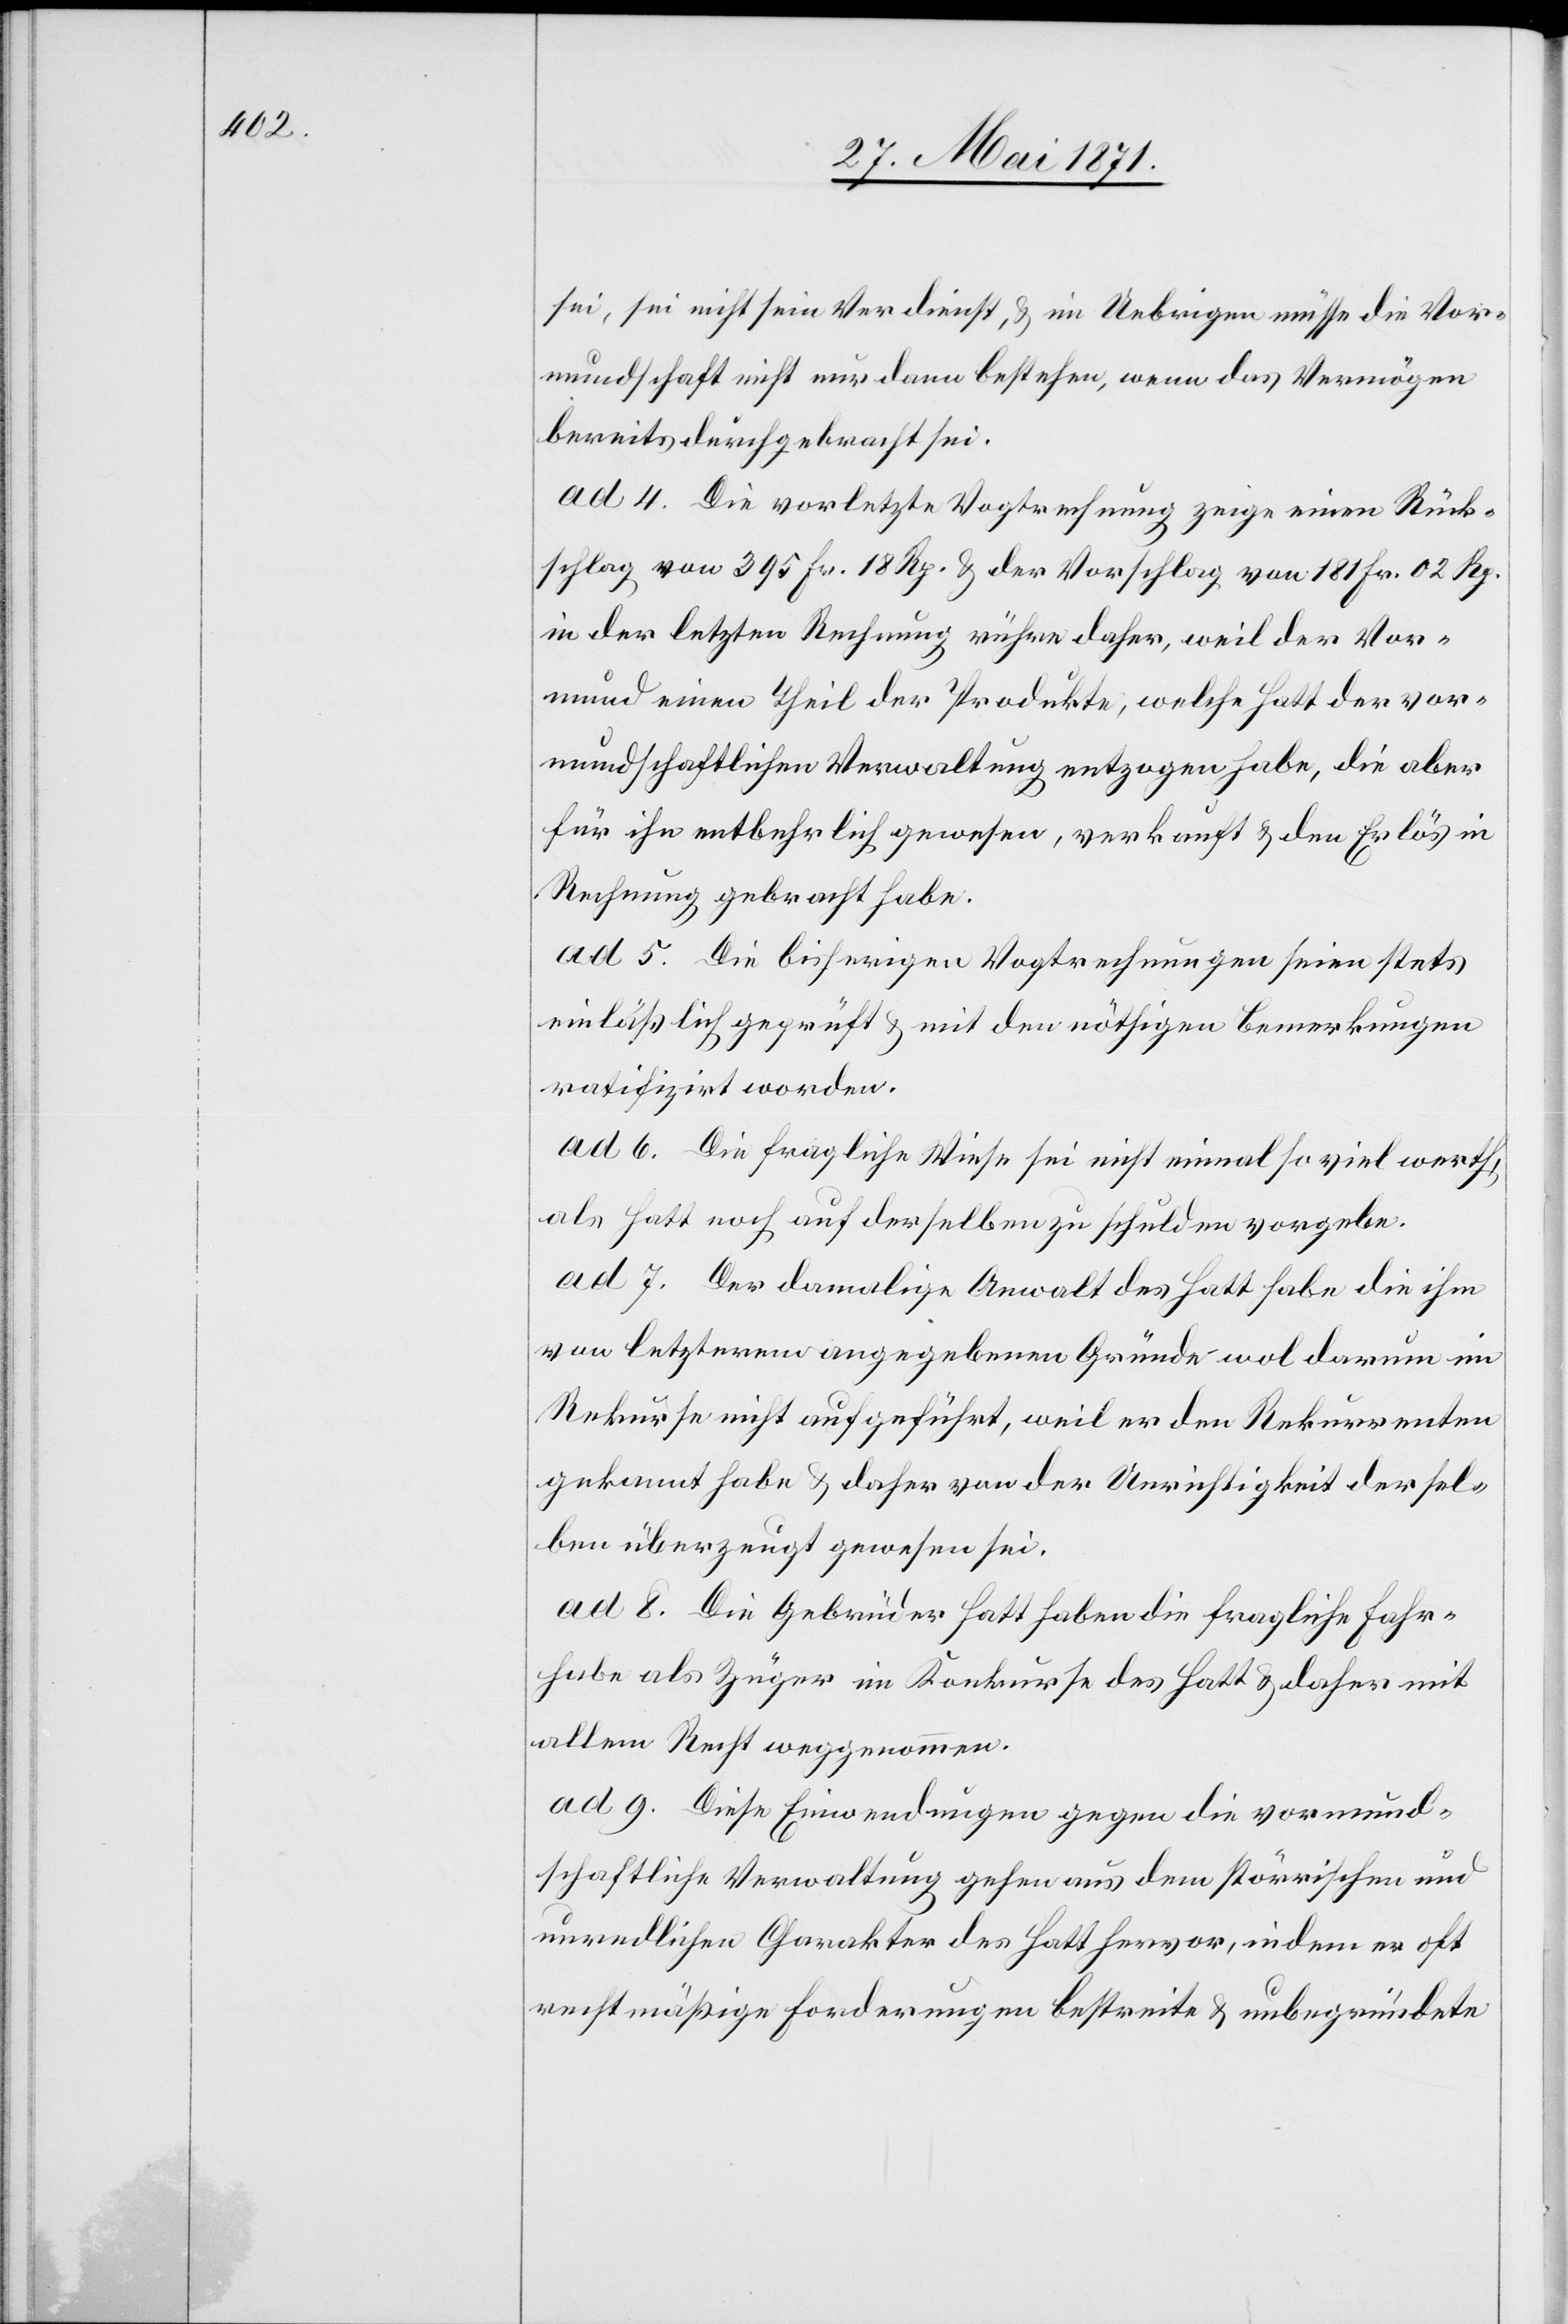
sei, sei nicht sein Verdienst, u. im Uebrigen müsse die Vor¬
mundschaft nicht nur dann bestehen, wenn das Vermögen
bereits durchgebracht sei.
ad 4. Die vorletzte Vogtrechnung zeige einen Rück¬
schlag von 395 Fr. 18 Rp. u. der Vorschlag von 181 Fr. 02 Rp.
in der letzten Rechnung rühre daher, weil der Vor¬
mund einen Theil der Produkte, welche Hatt der vor¬
mundschaftlichen Verwaltung entzogen habe, die aber
für ihn entbehrlich gewesen, verkauft u. den Erlös in
Rechnung gebracht habe.
ad 5. Die bisherigen Vogtrechnungen seinen stets
einläßlich geprüft u. mit den nöthigen Bemerkungen
ratifizirt worden.
ad 6. Die fragliche Wiese sei nicht einmal so viel werth,
als Hatt noch auf derselben zu schulden vorgebe.
ad 7. Der damalige Anwalt des Hatt habe die ihm
von letzterem angegebenen Gründe wol darum im
Rekurse nicht aufgeführt, weil er den Rekurrenten
gekannt habe u. daher von der Unrichtigkeit dersel¬
ben überzeugt gewesen sei.
ad 8. Die Gebrüder Hatt haben die fragliche Fahr¬
habe als Züger im Konkurse des Hatt u. daher mit
allem Recht weggenommen.
ad 9. Diese Einwendungen gegen die vormund¬
schaftliche Verwaltung gehen aus dem störrischen und
unredlichen Charakter des Hatt hervor, indem er oft
rechtmäßige Forderungen bestreite u. unbegründete